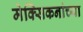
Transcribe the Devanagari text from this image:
मेक्सिकनांच्या